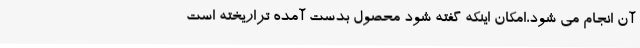
آن انجام می شود،امکان اینکه گفته شود محصول بدست آمده تراریخته است